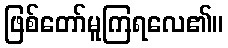
ဖြစ်တော်မူကြရလေ၏။